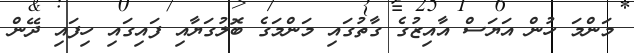
މަންމަ ހުން އަޔަސް އާއިޒުގެ ގާތުގައި މަންމަގެ ބޮލުގަޔާއި ފައިގައި ހިފައި ދޭން